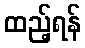
ထည့်ရန်